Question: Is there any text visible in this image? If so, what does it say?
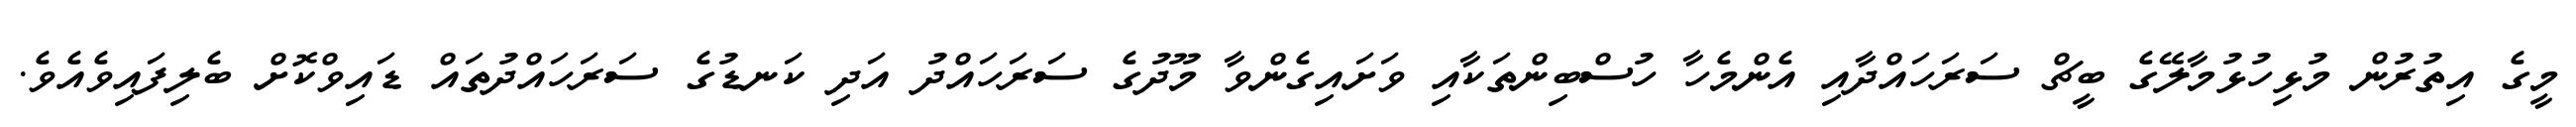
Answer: މީގެ އިތުރުން މުޅިހުޅުމާލޭގެ ބީޗް ސަރަހައްދާއި އެންމެހާ ހުސްބިންތަކާއި ވަށައިގެންވާ މޫދުގެ ސަރަހައްދު އަދި ކަނޑުގެ ސަރަހައްދުތައް ޑައިވްކޮށް ބެލިފައިވެއެވެ.